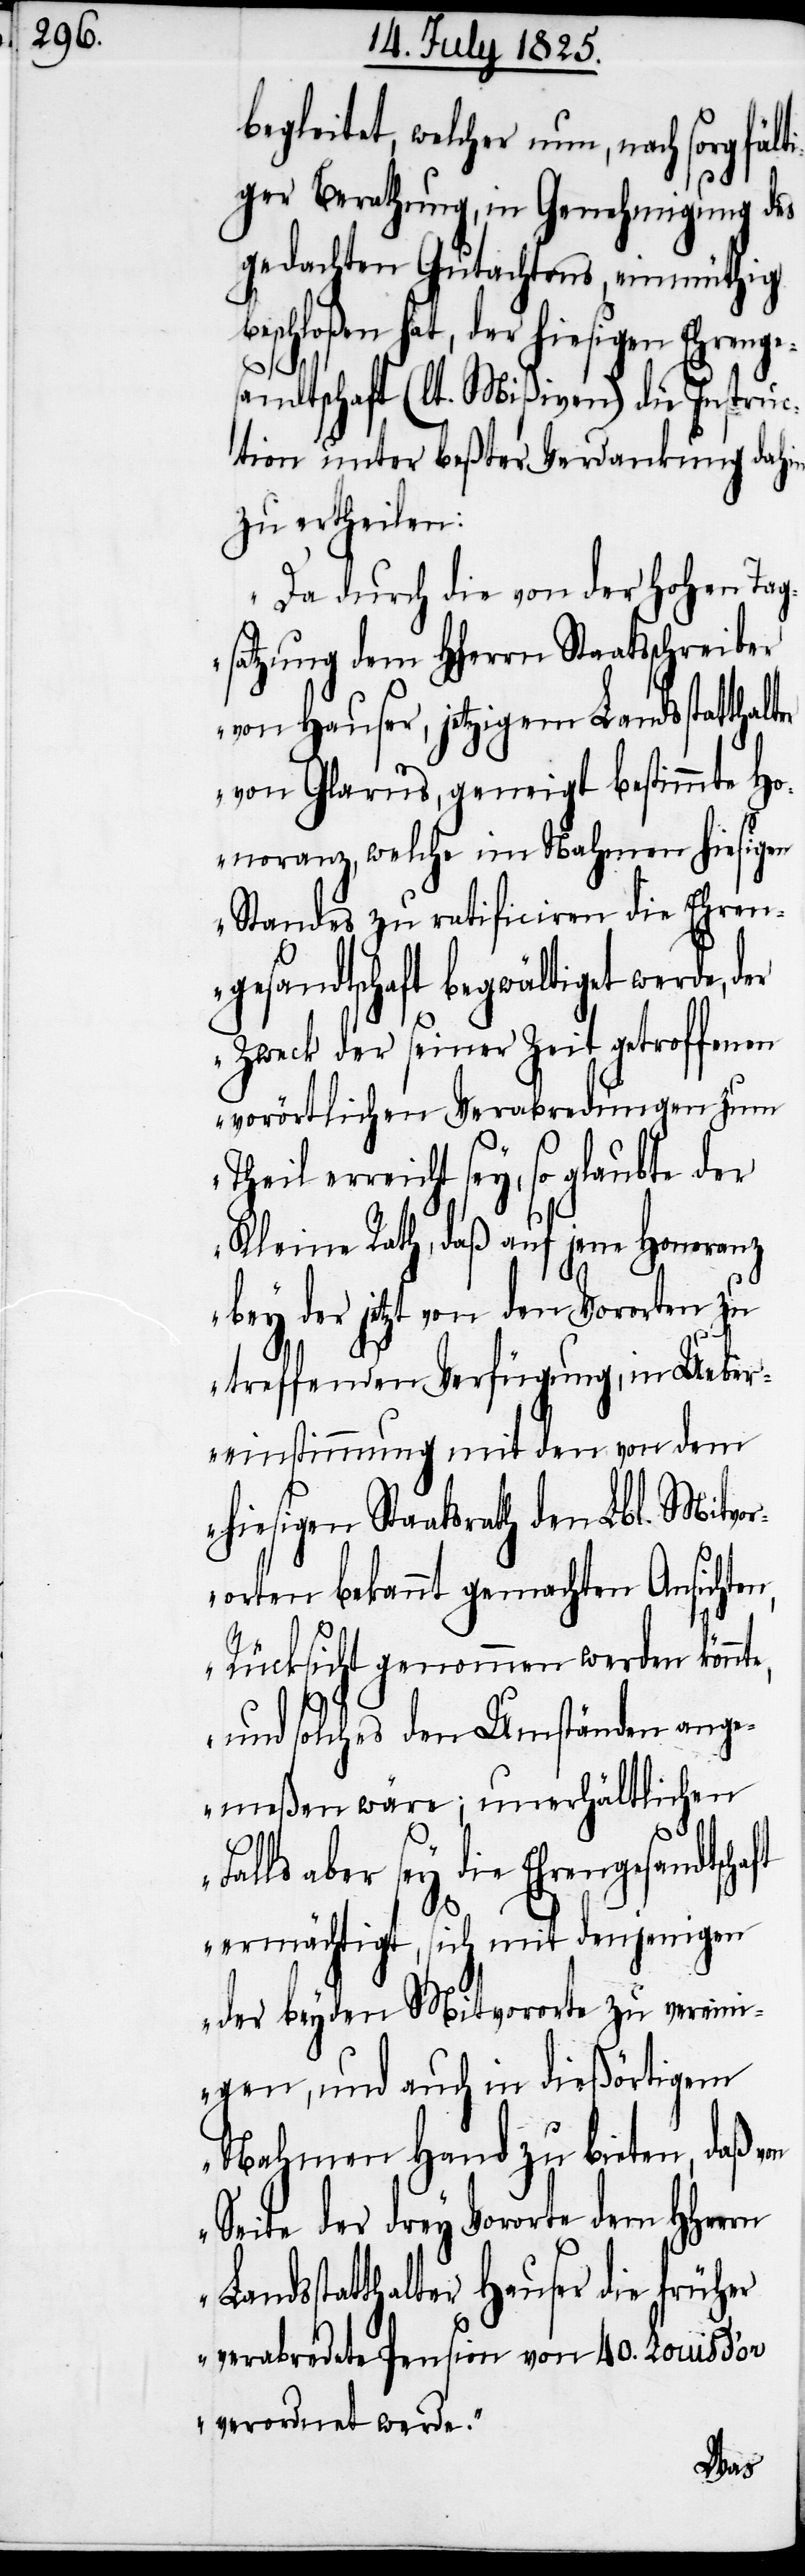
begleitet, welcher nun, nach sorgfält¬
iger Berathung, in Genehmigung des
gedachten Gutachtens, einmüthig
hat, der hiesigen Ehren¬
gesandtschaft (lt. Mißiven) die Instruc¬
tion unter beßter Verdankung dahin
zu ertheilen:
„Da durch die von der Hohen Tag¬
satzung dem HHerrn Staatsschreiber
von Hauser, jetzigem Landsstatthalter
von Glarus, geneigt bestimmte Ho¬
noranz, welche im Nahmen hiesigen
Standes zu ratificiren die Ehren¬
gesandtschaft begwältiget werde, d¬
er Zweck der seiner Zeit getroffenen
vorörtlichen Verabredungen zum
erreicht sey, so glaubte der
Kleine Rath, daß auf jene Honoranz
bey der jetzt von den Vororten zu
treffenden Verfügung, in Ueber¬
einstimmung mit den von dem
hiesigen Staatsrath den Lbl. Mitvo¬
rorten bekannt gemachten Ansichten,
Rücksicht genommen werden könnt¬
und solches den Umständen ange¬
meßen wäre; unerhältlichen
aber sey die Ehrengesandtsc¬
ermächtigt, sich mit denjenigen
der beyden Mitvororte zu verein¬
igen, und auch in dießörtigem
Nahmen Hand zu bieten, daß von
Seite der drey Vororte dem HHerrn
Landsstatthalter Hauser die früher
verabredete Pension von 40. Louis d’or
verordnet werde.“
haft